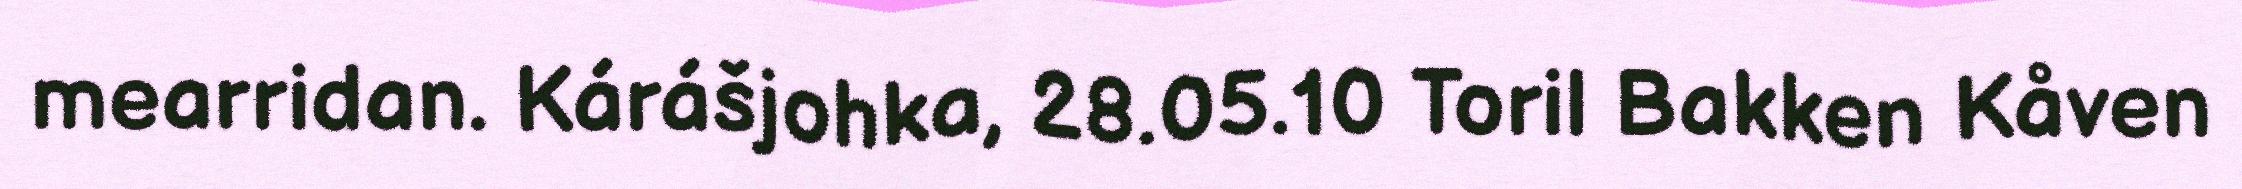
mearridan. Kárášjohka, 28.05.10 Toril Bakken Kåven